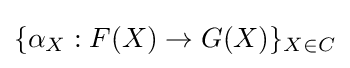
\{\alpha _{X}:F(X)\to G(X)\}_{X\in C}